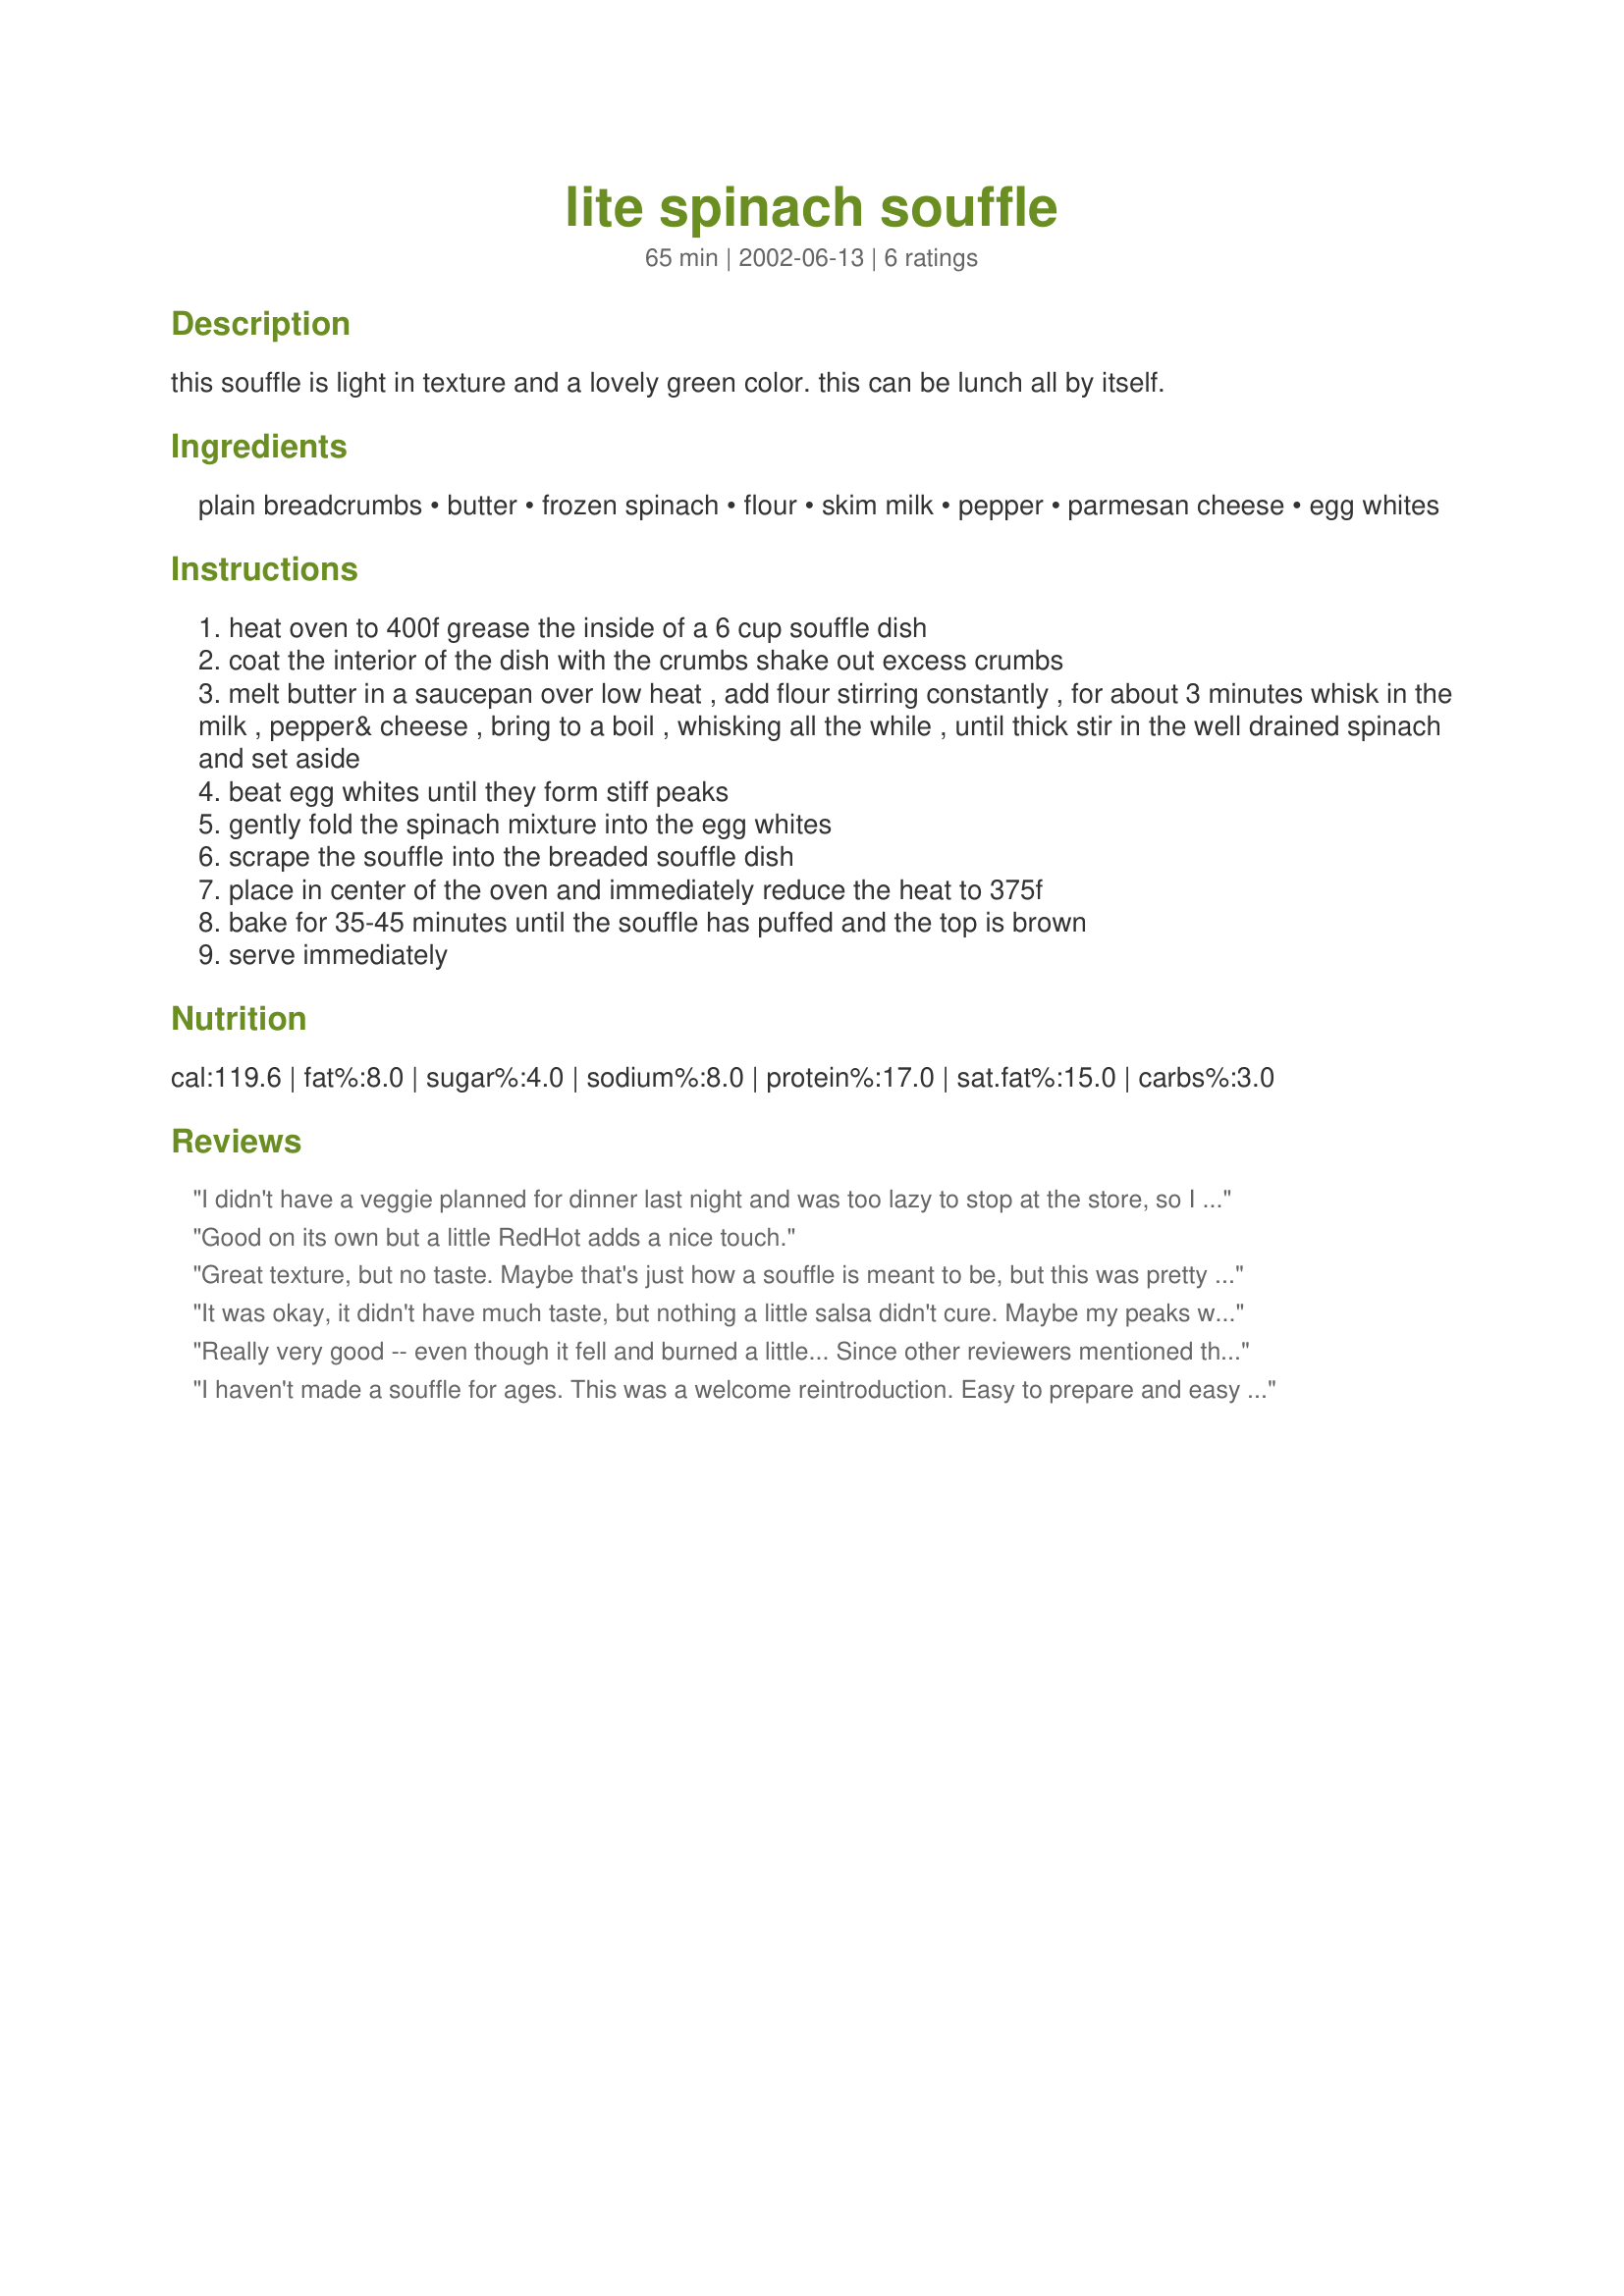
lite spinach souffle
Preparation time: 65 minutes

this souffle is light in texture and a lovely green color. this can be lunch all by itself.

Ingredients:
plain breadcrumbs, butter, frozen spinach, flour, skim milk, pepper, parmesan cheese, egg whites

Steps:
heat oven to 400f grease the inside of a 6 cup souffle dish
coat the interior of the dish with the crumbs shake out excess crumbs
melt butter in a saucepan over low heat , add flour stirring constantly , for about 3 minutes whisk in the milk , pepper& cheese , bring to a boil , whisking all the while , until thick stir in the well drained spinach and set aside
beat egg whites until they form stiff peaks
gently fold the spinach mixture into the egg whites
scrape the souffle into the breaded souffle dish
place in center of the oven and immediately reduce the heat to 375f
bake for 35-45 minutes until the souffle has puffed and the top is brown
serve immediately

Reviews:
I didn't have a veggie planned for dinner last night and was too lazy to stop at the store, so I thought I'd wing it. I made this using 1 14-oz. can of well drained spinach, I used Panko for the breadcrumbs, Pam spray instead of butter, fat free 1/2 & 1/2 and, instead of 6 egg whites, I used 2 whole eggs. It turned out really darn good! My husband and I loved it. We had this with barbecued pork chops and baked potatoes. Thanks Bergy, this'll be made again at my house :)
Good on its own but a little RedHot adds a nice touch.
Great texture, but no taste. Maybe that's just how a souffle is meant to be, but this was pretty plain. Needed a lot of salt. My family liked it, though!
It was okay, it didn't have much taste, but nothing a little salsa didn't cure. Maybe my peaks weren't stiff enough, but it really deflated a lot when I attempted to gently mix in the spinach mixture.
Really very good -- even though it fell and burned a little...
Since other reviewers mentioned the lack of taste,I added onion, garlic and dill to the spinach mixure. I will absolutely make this again!!! Updated 1/07: I was commissioned to make a veggie dish for Christmas dinner, and my whole family was very impressed by this. I doubled the recipe and between seven adults the two souffles were just about gone. Thanks again!
I haven't made a souffle for ages. This was a welcome reintroduction. Easy to prepare and easy on the calories as well. Thanks again Bergy.
